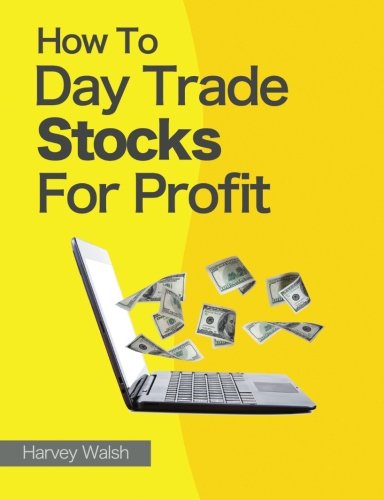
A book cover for How To Day Trade Stocks For Profit; Harvey Walsh; Business & Money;